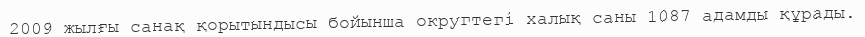
2009 жылғы санақ қорытындысы бойынша округтегі халық саны 1087 адамды құрады.